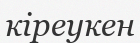
кіреукен